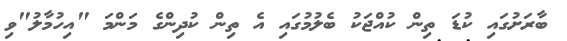
ބާރަށުގައި ކުޑަ ތިން ކުއްޖަކު ބެލުމުގައި އެ ތިން ކުދިންގެ މަންމަ "އިހުމާލު"ވި